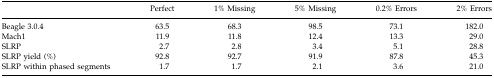
|  | Perfect | 1% Missing | 5% Missing | 0.2% Errors | 2% Errors |
 | --- | --- | --- | --- | --- | --- |
 | Beagle 3.0.4 | 63.5 | 68.3 | 98.5 | 73.1 | 182.0 |
 | Mach1 | 11.9 | 11.8 | 12.4 | 13.3 | 29.0 |
 | SLRP | 2.7 | 2.8 | 3.4 | 5.1 | 28.8 |
 | SLRP yield (%) | 92.8 | 92.7 | 91.9 | 87.8 | 45.3 |
 | SLRP within phased segments | 1.7 | 1.7 | 2.1 | 3.6 | 21.0 |